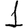
Digit: 1